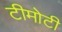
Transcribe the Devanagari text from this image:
टीमोटी